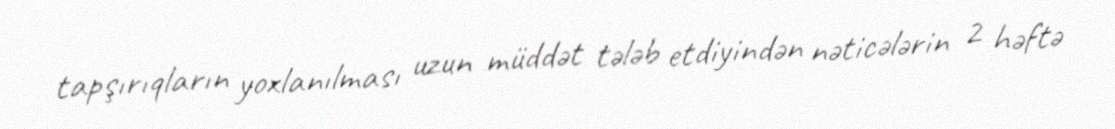
tapşırıqların yoxlanılması uzun müddət tələb etdiyindən nəticələrin 2 həftə